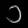
Digit: ၁